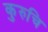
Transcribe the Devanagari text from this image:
कुरुचि